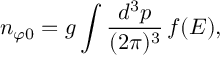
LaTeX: n _ { \varphi 0 } = g \int { \frac { d ^ { 3 } p } { ( 2 \pi ) ^ { 3 } } } \, f ( E ) ,